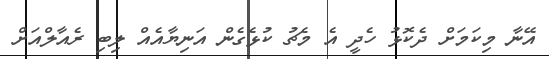
އޭނާ މިކަމަށް ދެކޮޅު ހެދީ އެ މެޗު ކުޅެގެން އަނިޔާއެއް ލިބި ރެއާލްއަށް